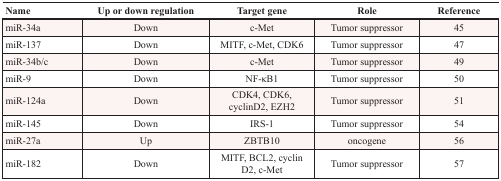
| Name | Up or down regulation | Target gene | Role | Reference |
 | --- | --- | --- | --- | --- |
 | miR-34a | Down | c-Met | Tumor suppressor | 45 |
 | miR-137 | Down | MITF, c-Met, CDK6 | Tumor suppressor | 47 |
 | miR-34b/c | Down | c-Met | Tumor suppressor | 49 |
 | miR-9 | Down | NF-κB1 | Tumor suppressor | 50 |
 | miR-124a | Down | CDK4, CDK6, cyclinD2, EZH2 | Tumor suppressor | 51 |
 | miR-145 | Down | IRS-1 | Tumor suppressor | 54 |
 | miR-27a | Up | ZBTB10 | oncogene | 56 |
 | miR-182 | Down | MITF, BCL2, cyclin D2, c-Met | Tumor suppressor | 57 |